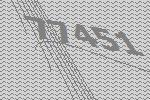
77451